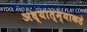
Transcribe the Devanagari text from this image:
अध्यात्म्याकडे